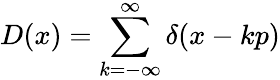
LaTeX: D(x)=\sum_{k=-\infty}^{\infty}\delta(x-kp)